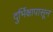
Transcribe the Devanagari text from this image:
दुर्भिक्षापासून